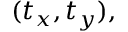
( t _ { x } , t _ { y } ) ,